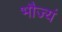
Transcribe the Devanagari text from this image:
भौज्यं